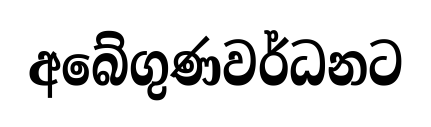
අබේගුණවර්ධනට